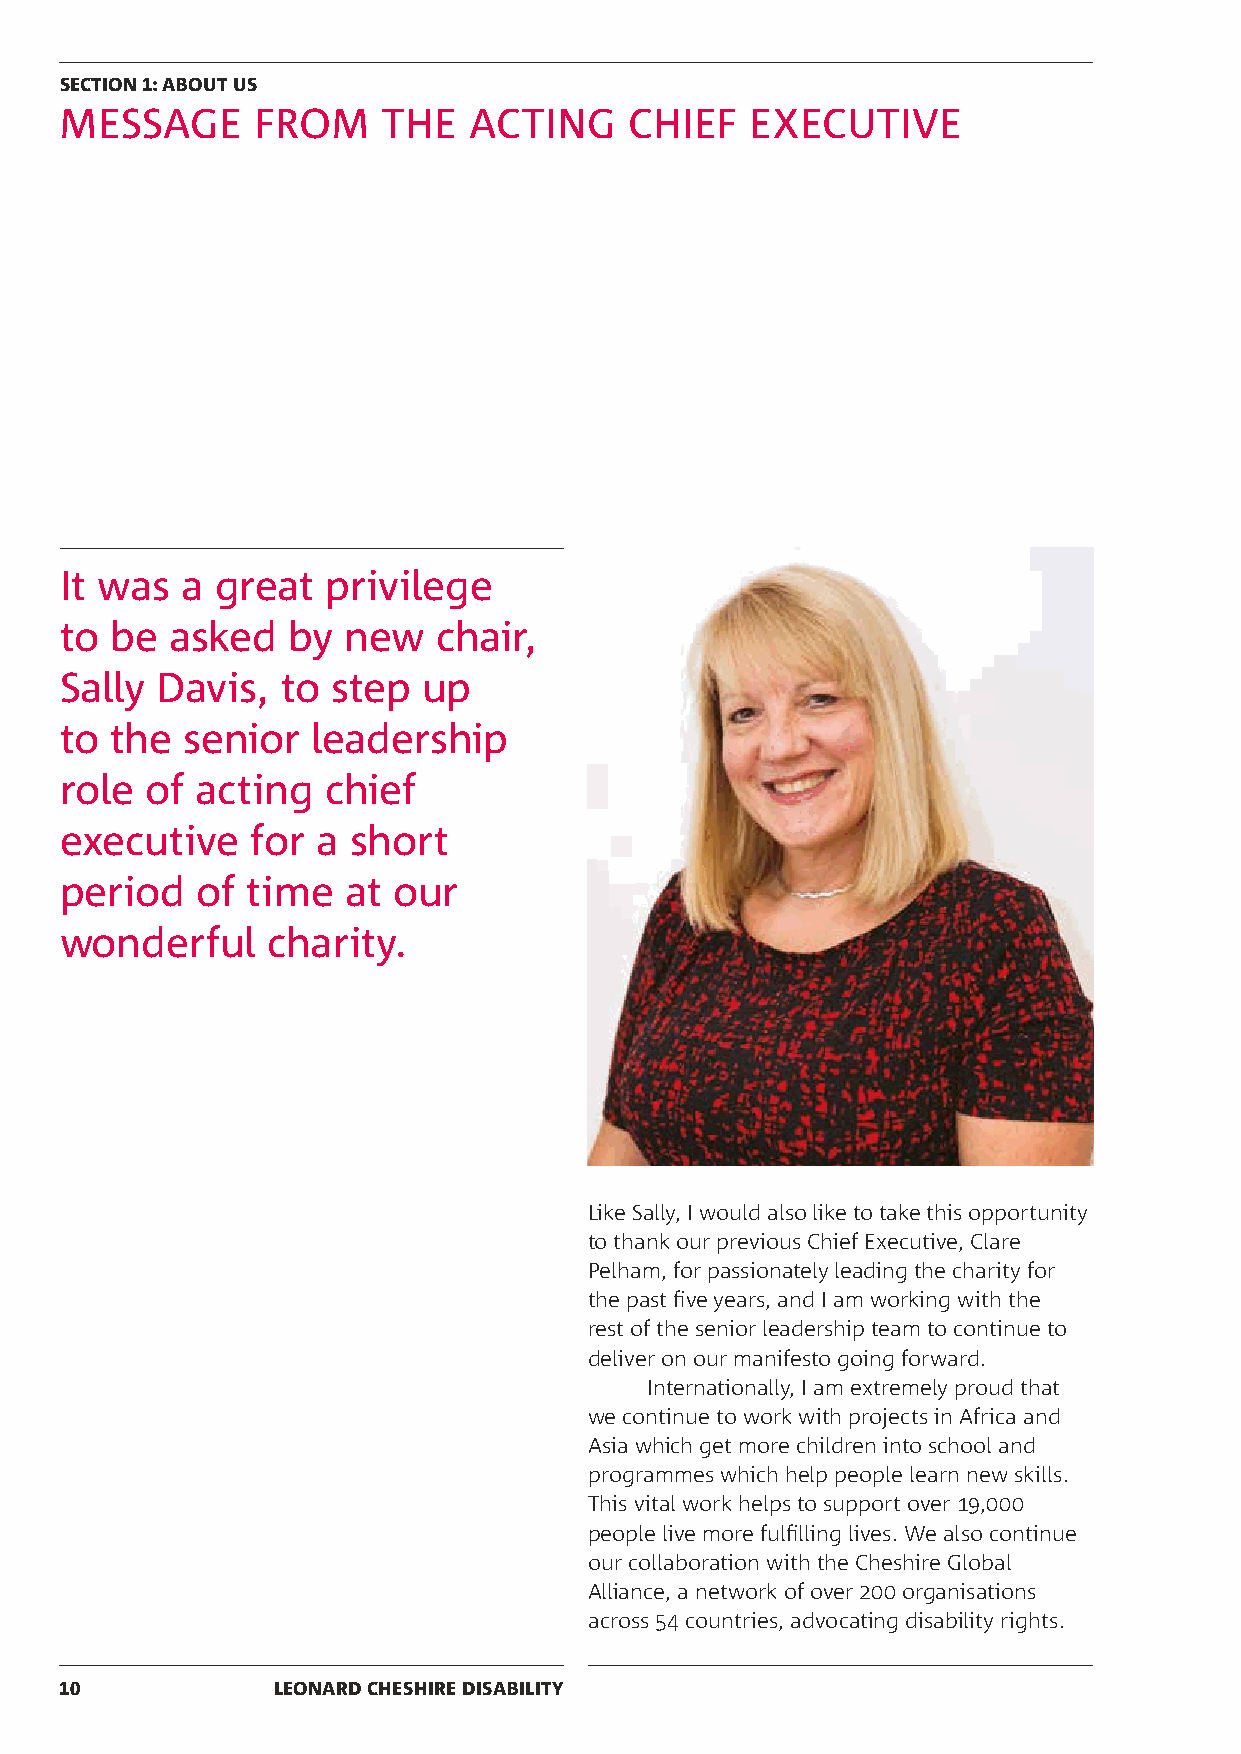
SECTION 1: ABOUT US
 MESSAGE      FROM    THE   ACTING     CHIEF   EXECUTIVE
 It was  a great   privilege
 to be  asked   by  new   chair,
 Sally Davis,   to step  up
 to the  senior   leadership
 role  of acting   chief
 executive    for a short
 period   of time   at our
 wonderful     charity.
 Like Sally, I would also like to take this opportunity
 to thank our previous Chief Executive, Clare
 Pelham, for passionately leading the charity for
 the past five years, and I am working with the
 rest of the senior leadership team to continue to
 deliver on our manifesto going forward.
 Internationally, I am extremely proud that
 we continue to work with projects in Africa and
 Asia which get more children into school and
 programmes which help people learn new skills.
 This vital work helps to support over 19,000
 people live more fulfilling lives. We also continue
 our collaboration with the Cheshire Global
 Alliance, a network of over 200 organisations
 across 54 countries, advocating disability rights.
 10            LEONARD CHESHIRE DISABILITY